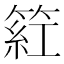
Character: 𬕡